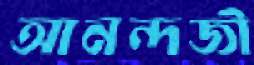
আনন্দজী